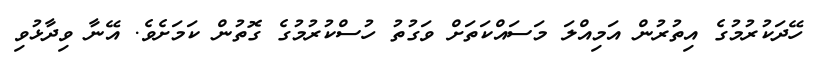
ހޭދަކުރުމުގެ އިތުރުން އަމިއްލަ މަސައްކަތަށް ވަގުތު ހުސްކުރުމުގެ ގޮތުން ކަމަށެވެ. އޭނާ ވިދާޅުވި